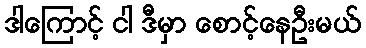
ဒါကြောင့် ငါ ဒီမှာ စောင့်နေဦးမယ်